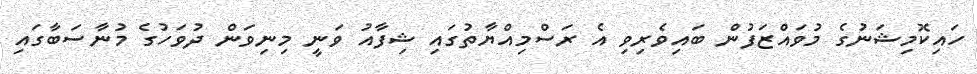
ހައިކޮމިޝަނުގެ މުވައްޒަފުން ބައިވެރިވި އެ ރަސްމިއްޔާތުގައި ޝިފާއު ވަނީ މިނިވަން ދުވަހުގެ މުނާސަބާގައި